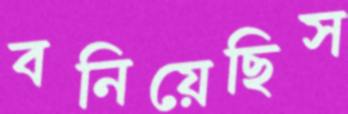
বনিয়েছিস